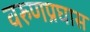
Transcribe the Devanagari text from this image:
वरुणप्रघास